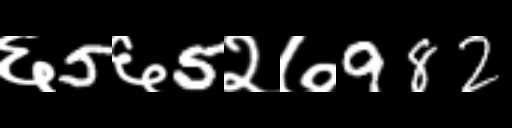
Text: ६5६5२७982